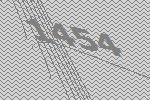
1454